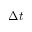
\Delta t